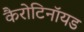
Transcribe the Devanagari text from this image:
कैरोटिनॉयड